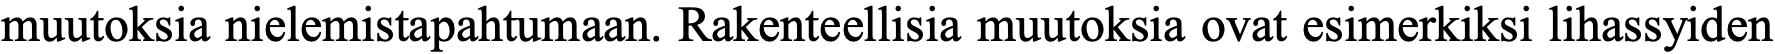
muutoksia nielemistapahtumaan. Rakenteellisia muutoksia ovat esimerkiksi lihassyiden